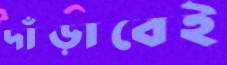
দাঁড়াবেই